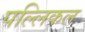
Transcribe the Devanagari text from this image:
पल्लिकल